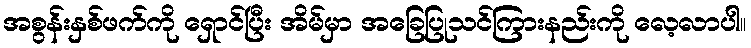
အစွန်းနှစ်ဖက်ကို ရှောင်ပြီး အိမ်မှာ အခြေပြုသင်ကြားနည်းကို လေ့လာပါ။